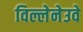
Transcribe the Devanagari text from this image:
विल्लेनेउवे